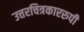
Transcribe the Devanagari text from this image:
उत्तरचित्रकाररुपी